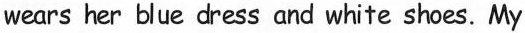
wears her blue dress and white shoes. My